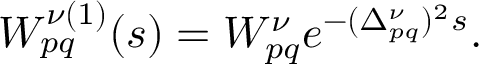
W _ { p q } ^ { \nu ( 1 ) } ( s ) = W _ { p q } ^ { \nu } e ^ { - ( \Delta _ { p q } ^ { \nu } ) ^ { 2 } s } .